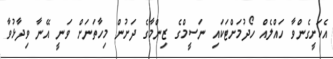
އެކަށީގެންވާ ހައްލެއް ހޯދުމަށްޓަކައި ނަސީމްގެ ޒިންމާގެ ދަށުން މިހާތަނަށް ވަނީ އޭނާ ވިދާޅުވާ